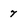
Character: 7